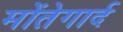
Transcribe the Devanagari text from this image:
मोंतेगार्द